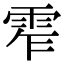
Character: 𩂖